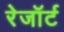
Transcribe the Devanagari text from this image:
रेजॉर्ट